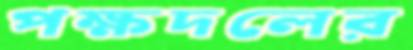
পক্ষদলের